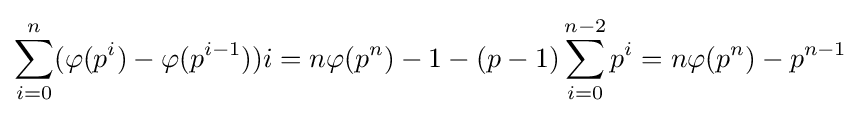
\sum _{i=0}^{n}(\varphi (p^{i})-\varphi (p^{i-1}))i=n\varphi (p^{n})-1-(p-1)\sum _{i=0}^{n-2}p^{i}=n\varphi (p^{n})-p^{n-1}